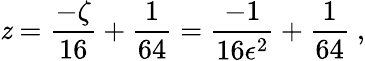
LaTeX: \mathit{z}=\frac{{-\zeta}}{{16}}+\frac{{1}}{{64}}=\frac{{-1}}{{16\epsilon^{2}}}+\frac{{1}}{{64}}\ ,